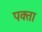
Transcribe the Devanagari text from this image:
पक्ता